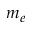
m _ { e }